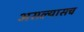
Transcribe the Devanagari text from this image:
असल्यासच